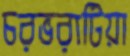
চরভরাটিয়া